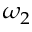
\omega _ { 2 }